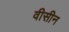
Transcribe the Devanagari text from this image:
वीसीन